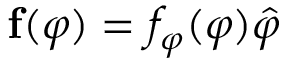
{ \mathbf f } ( \varphi ) = f _ { \varphi } ( \varphi ) \hat { \varphi }